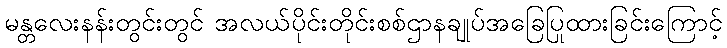
မန္တလေးနန်းတွင်းတွင် အလယ်ပိုင်းတိုင်းစစ်ဌာနချုပ်အခြေပြုထားခြင်းကြောင့်